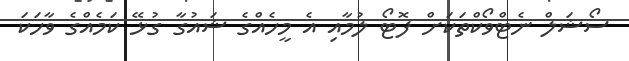
ސޯޝަލް ނެޓްވޯކްތަކަށް ފޮޓޯ ލުމާއި އެ މީހެއްގެ ޝައުގާ ގުޅޭ ކަމެއްގެ ވާހަކަ